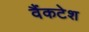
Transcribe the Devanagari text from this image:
वैंकटेश